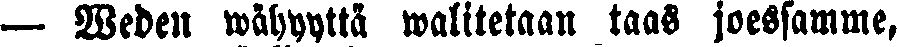
— Weden wähyyttä walitetaan taas joessamme,